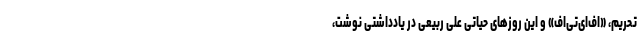
تحریم، «اف‌ای‌تی‌اف» و این روزهای حیاتی علی ربیعی در یادداشتی نوشت،